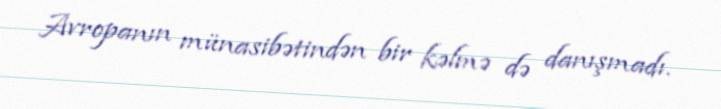
Avropanın münasibətindən bir kəlmə də danışmadı.